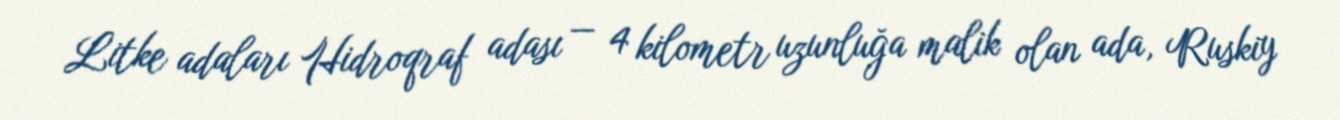
Litke adaları Hidroqraf adası — 4 kilometr uzunluğa malik olan ada, Ruskiy